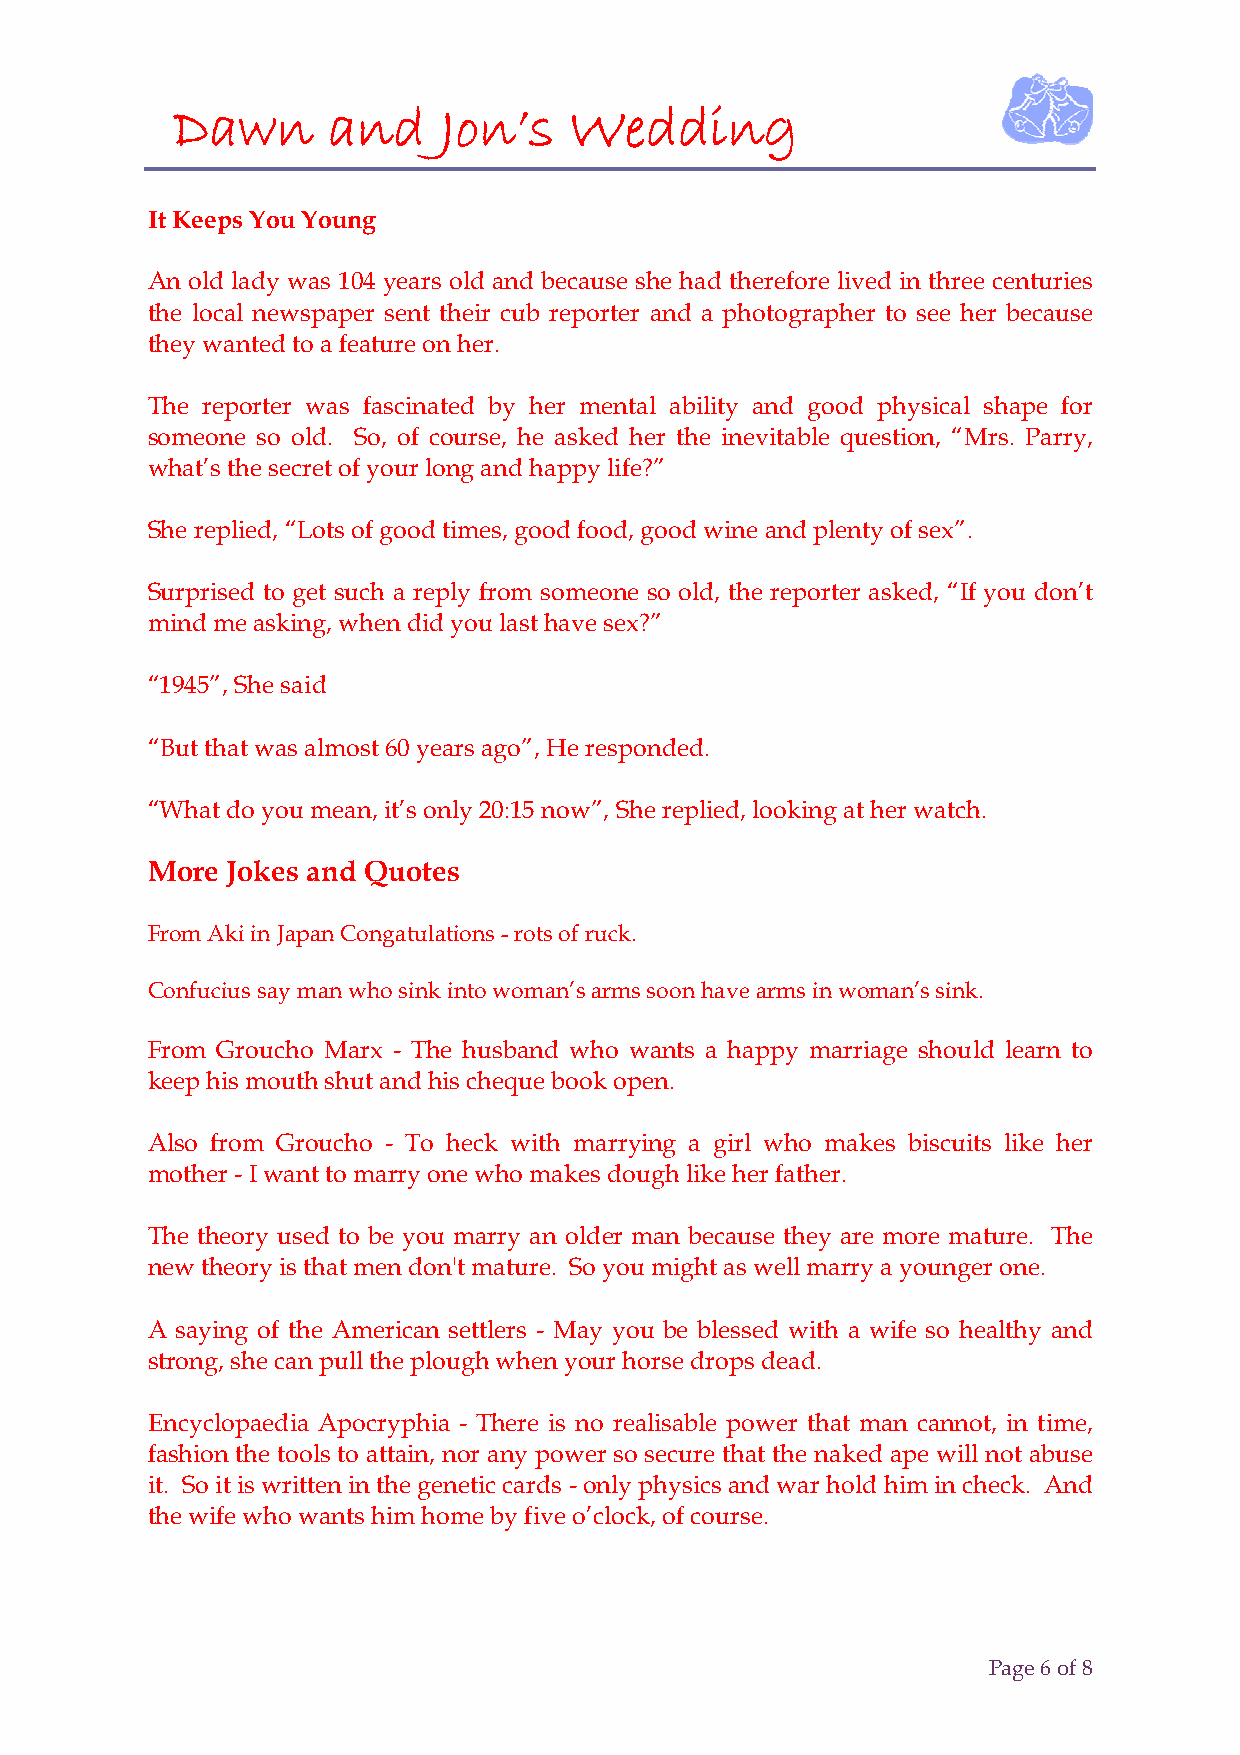
Dawn       and    Jon’s    Wedding
 It Keeps You Young
 An old lady was 104 years old and because she had therefore lived in three centuries
 the local newspaper sent their cub reporter and a photographer to see her because
 they wanted to a feature on her.
 The reporter was fascinated by her mental ability and good physical shape for
 someone so old. So, of course, he asked her the inevitable question, “Mrs. Parry,
 what’s the secret of your long and happy life?”
 She replied, “Lots of good times, good food, good wine and plenty of sex”.
 Surprised to get such a reply from someone so old, the reporter asked, “If you don’t
 mind me asking, when did you last have sex?”
 “1945”, She said
 “But that was almost 60 years ago”, He responded.
 “What do you mean, it’s only 20:15 now”, She replied, looking at her watch.
 More Jokes and Quotes
 From Aki in Japan Congatulations - rots of ruck.
 Confucius say man who sink into woman’s arms soon have arms in woman’s sink.
 From Groucho Marx - The husband who wants a happy marriage should learn to
 keep his mouth shut and his cheque book open.
 Also from Groucho - To heck with marrying a girl who makes biscuits like her
 mother - I want to marry one who makes dough like her father.
 The theory used to be you marry an older man because they are more mature. The
 new theory is that men don't mature. So you might as well marry a younger one.
 A saying of the American settlers - May you be blessed with a wife so healthy and
 strong, she can pull the plough when your horse drops dead.
 Encyclopaedia Apocryphia - There is no realisable power that man cannot, in time,
 fashion the tools to attain, nor any power so secure that the naked ape will not abuse
 it. So it is written in the genetic cards - only physics and war hold him in check. And
 the wife who wants him home by five o’clock, of course.
 Page 6 of 8